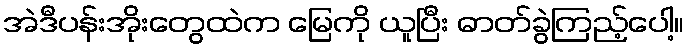
အဲဒီပန်းအိုးတွေထဲက မြေကို ယူပြီး ဓာတ်ခွဲကြည့်ပေါ့။